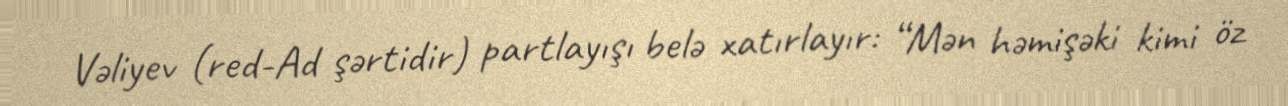
Vəliyev (red-Ad şərtidir) partlayışı belə xatırlayır: “Mən həmişəki kimi öz